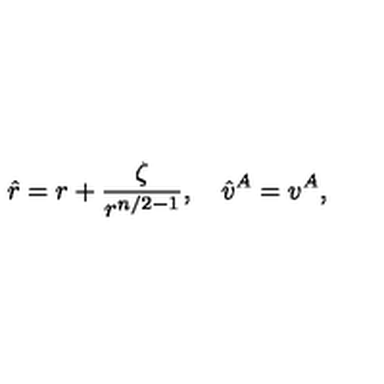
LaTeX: \hat { r } = r + \frac { \zeta } { r ^ { n / 2 - 1 } } , \quad \hat { v } ^ { A } = v ^ { A } ,